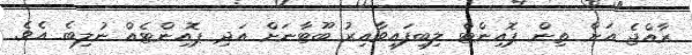
ރާއްޖެ އަށް ތިން ޕޮއިންޓް ލިބިފައިވާއިރު ބޫޓާނަށް އަދި ޕޮއިންޓެއް ނުލިބެ އެވެ.